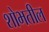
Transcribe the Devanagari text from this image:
शोभतील